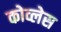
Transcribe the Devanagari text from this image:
कोव्लेस